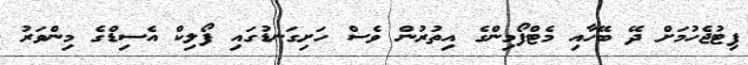
ފިޓުޖެހުމަށް ދޭ ބޭހާއި މެޓްފޯމިންގެ އިތުރުން ވެސް ހަށިގަނޑުގައި ފޯލިކް އެސިޑްގެ މިންވަރު